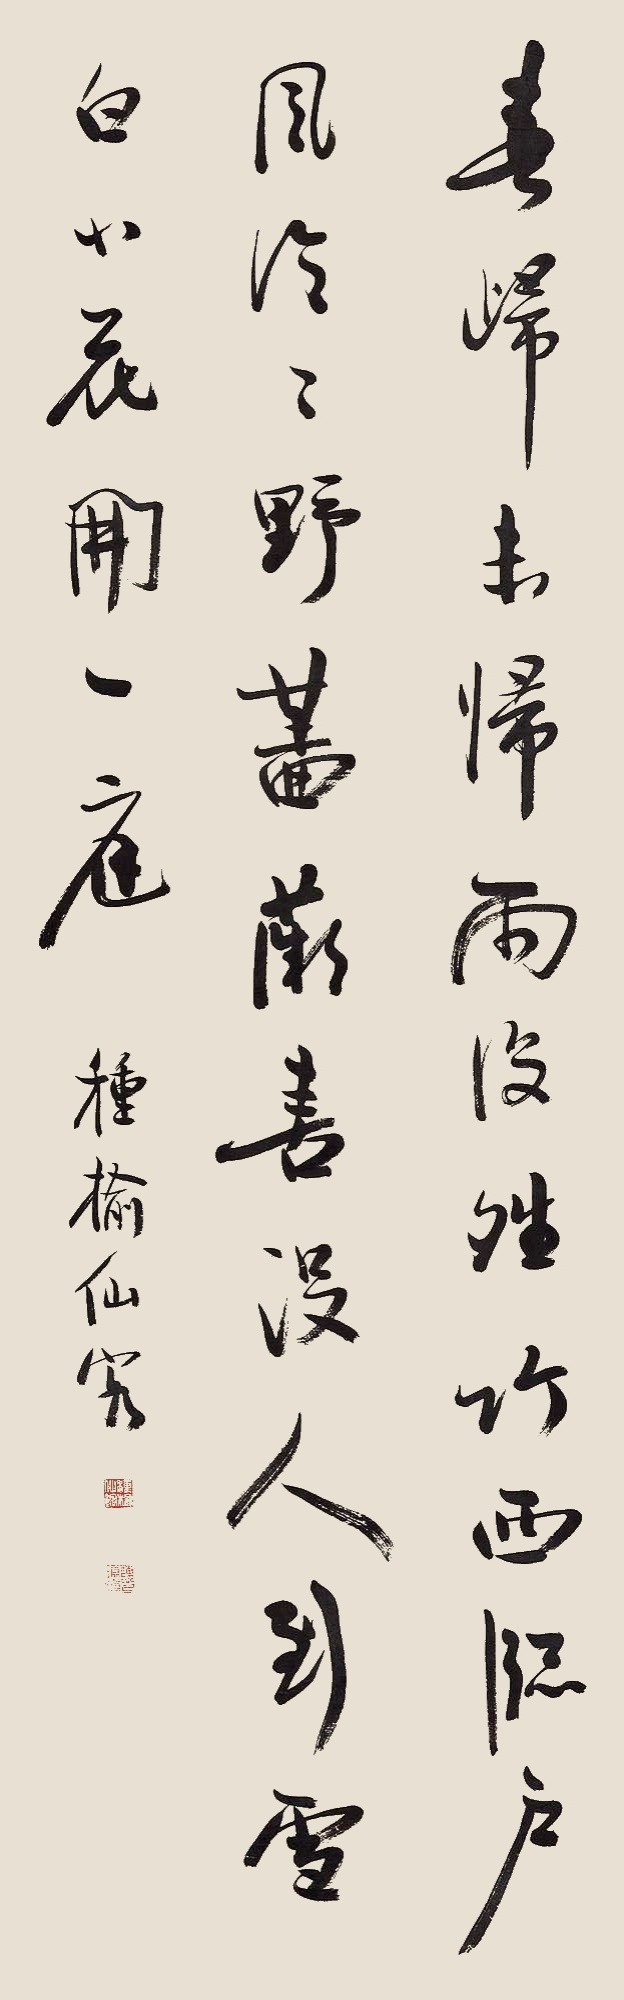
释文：春归未归雨复晴，竹西窗户风泠泠。野蔷薇喜没人到，雪白小花开一庭。种榆仙客。